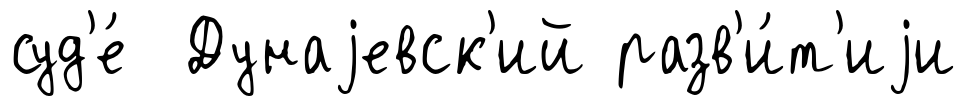
суд'е́ Дунаjевск'ий разв'и́т'иjи